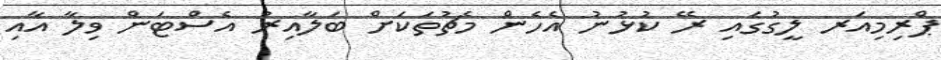
ޕްރިމިއަރ ލީގުގައި ރޭ ކުޅުނު އެހެން މެޗުތަކަށް ބަލާއިރު އެސްޓަން ވިލާ އާއި